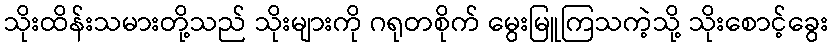
သိုးထိန်းသမားတို့သည် သိုးများကို ဂရုတစိုက် မွေးမြူကြသကဲ့သို့ သိုးစောင့်ခွေး